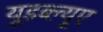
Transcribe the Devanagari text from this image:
यूडब्ल्यूए